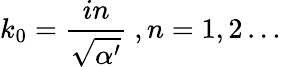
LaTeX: k_{0}=\frac{in}{\sqrt{\alpha^{\prime}}}\ ,n=1,2\dots